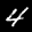
Label: 4